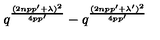
q ^ { \frac { ( 2 n p p ^ { \prime } + \lambda ) ^ { 2 } } { 4 p p ^ { \prime } } } - q ^ { \frac { ( 2 n p p ^ { \prime } + \lambda ^ { \prime } ) ^ { 2 } } { 4 p p ^ { \prime } } }